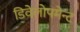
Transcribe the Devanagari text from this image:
डिवेलोपमेन्ट